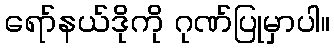
ရော်နယ်ဒိုကို ဂုဏ်ပြုမှာပါ။